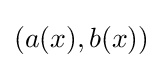
(a(x),b(x))